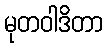
မုတဝါဒိတာ